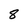
Character: 8